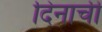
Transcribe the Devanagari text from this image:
दिनाची